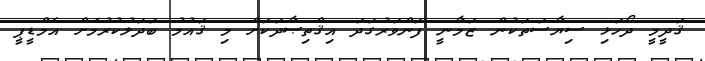
ޤަދީމީ ދޯހަޅި ސިޔާސަތަކުން ޒަމާނީ ފަންވަރުގަދަ އިޤްތިޞާދަކަށް މި ޤައުމު ބަދަލުކުރުމަށް އެމްޑީޕީ